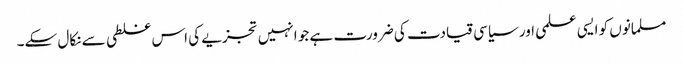
مسلمانوں کو ایسی علمی اور سیاسی قیادت کی ضرورت ہے جو انہیں تجزیے کی اس غلطی سے نکال سکے۔